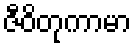
ဇီဝိတုကာမာ